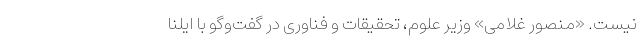
نیست. «منصور غلامی» وزیر علوم، تحقیقات و فناوری در گفت‌وگو با ایلنا